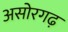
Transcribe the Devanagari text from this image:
असोरगढ़